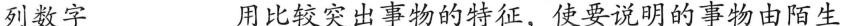
列数字 用比较突出事物的特征，使要说明的事物由陌生